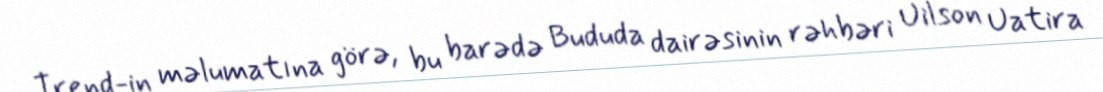
Trend-in məlumatına görə, bu barədə Bududa dairəsinin rəhbəri Uilson Uatira